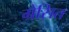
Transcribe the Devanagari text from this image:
ग्रेसित